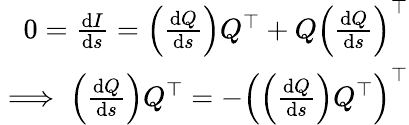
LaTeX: {\begin{array}{r}{0={\frac{\mathrm{d}I}{\mathrm{d}s}}=\left({\frac{\mathrm{d}Q}{\mathrm{d}s}}\right)Q^{\top}+Q\left({\frac{\mathrm{d}Q}{\mathrm{d}s}}\right)^{\top}}\\ {\implies\left({\frac{\mathrm{d}Q}{\mathrm{d}s}}\right)Q^{\top}=-\left(\left({\frac{\mathrm{d}Q}{\mathrm{d}s}}\right)Q^{\top}\right)^{\top}}\end{array}}